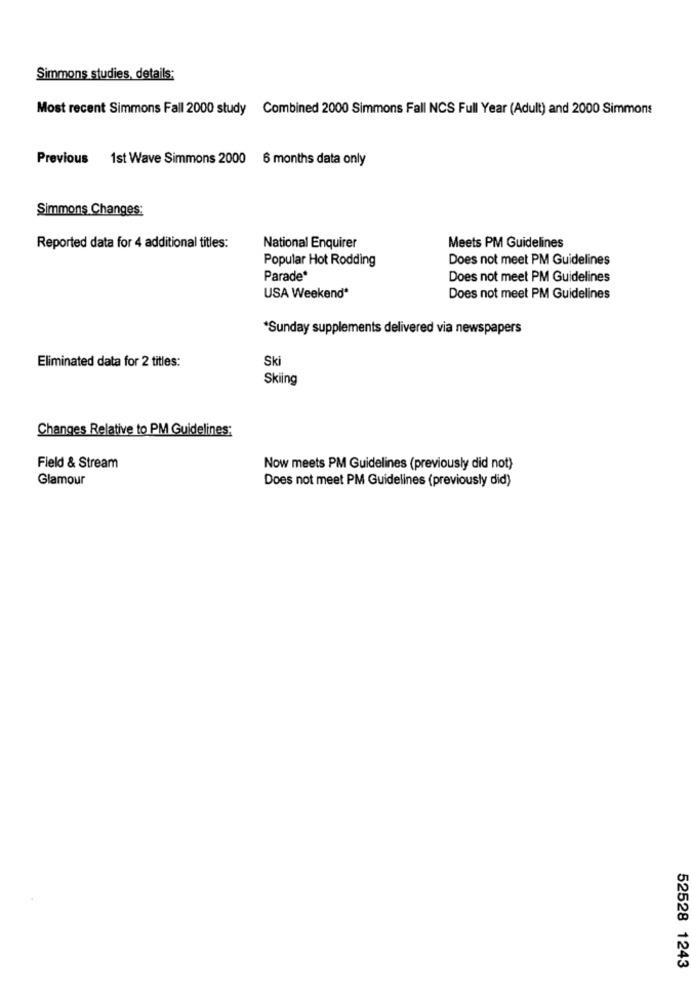
Simmons studies, details:
Most recent Simmons Fall 2000 study Combined 2000 Simmons Fall NCS Full Year (Adult) and 2000 Simmons
Previous 1st Wave Simmons 2000 6 months data only
Simmons Changes:
National Enquirer
Reported data for 4 additional titles:
Meets PM Guidelines
Popular Hot Rodding
Does not meet PM Guidelines
Parade*
Does not meet PM Guidelines
USA Weekend*
Does not meet PM Guidelines
*Sunday supplements delivered via newspapers
Eliminated data for 2 titles:
Ski
Skiing
Changes Relative to PM Guidelines:
Field & Stream
Now meets PM Guidelines (previously did not)
Glamour
Does not meet PM Guidelines (previously did)
52528 1243